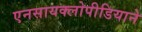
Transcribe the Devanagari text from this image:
एनसायक्लोपीडियाने